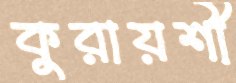
কুরায়শী